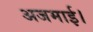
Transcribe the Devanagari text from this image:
अजमाई।